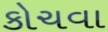
કોચવા